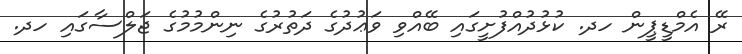
ރޭ އެމްޑީޕީން ހދ. ކުޅުދުއްފުށީގައި ބޭއްވި ވަޢުދުގެ ދަތުރުގެ ނިންމުމުގެ ޖަލްސާގައި ހދ.